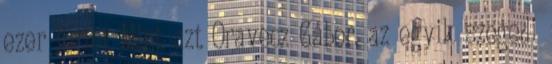
ezer forint Mint azt Oravecz Gábor, az egyik szegedi